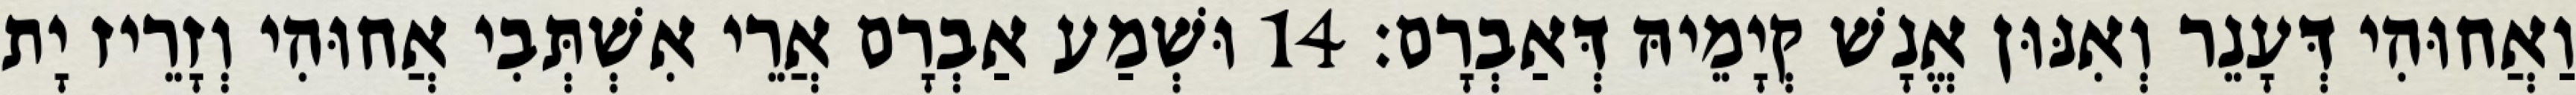
וַאֲחוּהִי דְּעָנֵר וְאִנּוּן אֱנָשׁ קְיָמֵיהּ דְּאַבְרָם׃ 14 וּשְׁמַע אַבְרָם אֲרֵי אִשְׁתְּבִי אֲחוּהִי וְזָרֵיז יָת